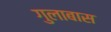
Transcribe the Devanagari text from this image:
गुलाबास